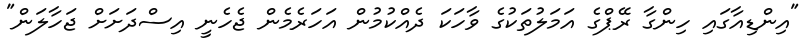
"އިންޑިއާގައި ހިންގާ ރޭޕްގެ އަމަލުތަކުގެ ވާހަކަ ދެއްކުމުން އަހަރެމެން ޖެހެނީ އިސްދަށަށް ޖަހާލަން"